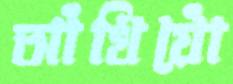
আঁখিয়োঁ